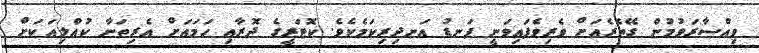
ވިއްސާރަވުމުން ގޭތެރެއަށް ވެރިވެފައިވަނީ ފަނޑު އަނދިރިކަމެކެވެ. ކޮޓަރީގެ ދޮރާއި ހަމައަށް އެރިތަނާ ކުއްލިއަކަށް